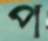
প